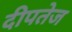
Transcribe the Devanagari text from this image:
दीपतेज